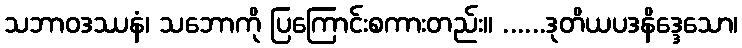
သဘာဝဒဿနံ၊ သဘောကို ပြကြောင်းစကားတည်း။ ......ဒုတိယပဒနိဒ္ဒေသော၊